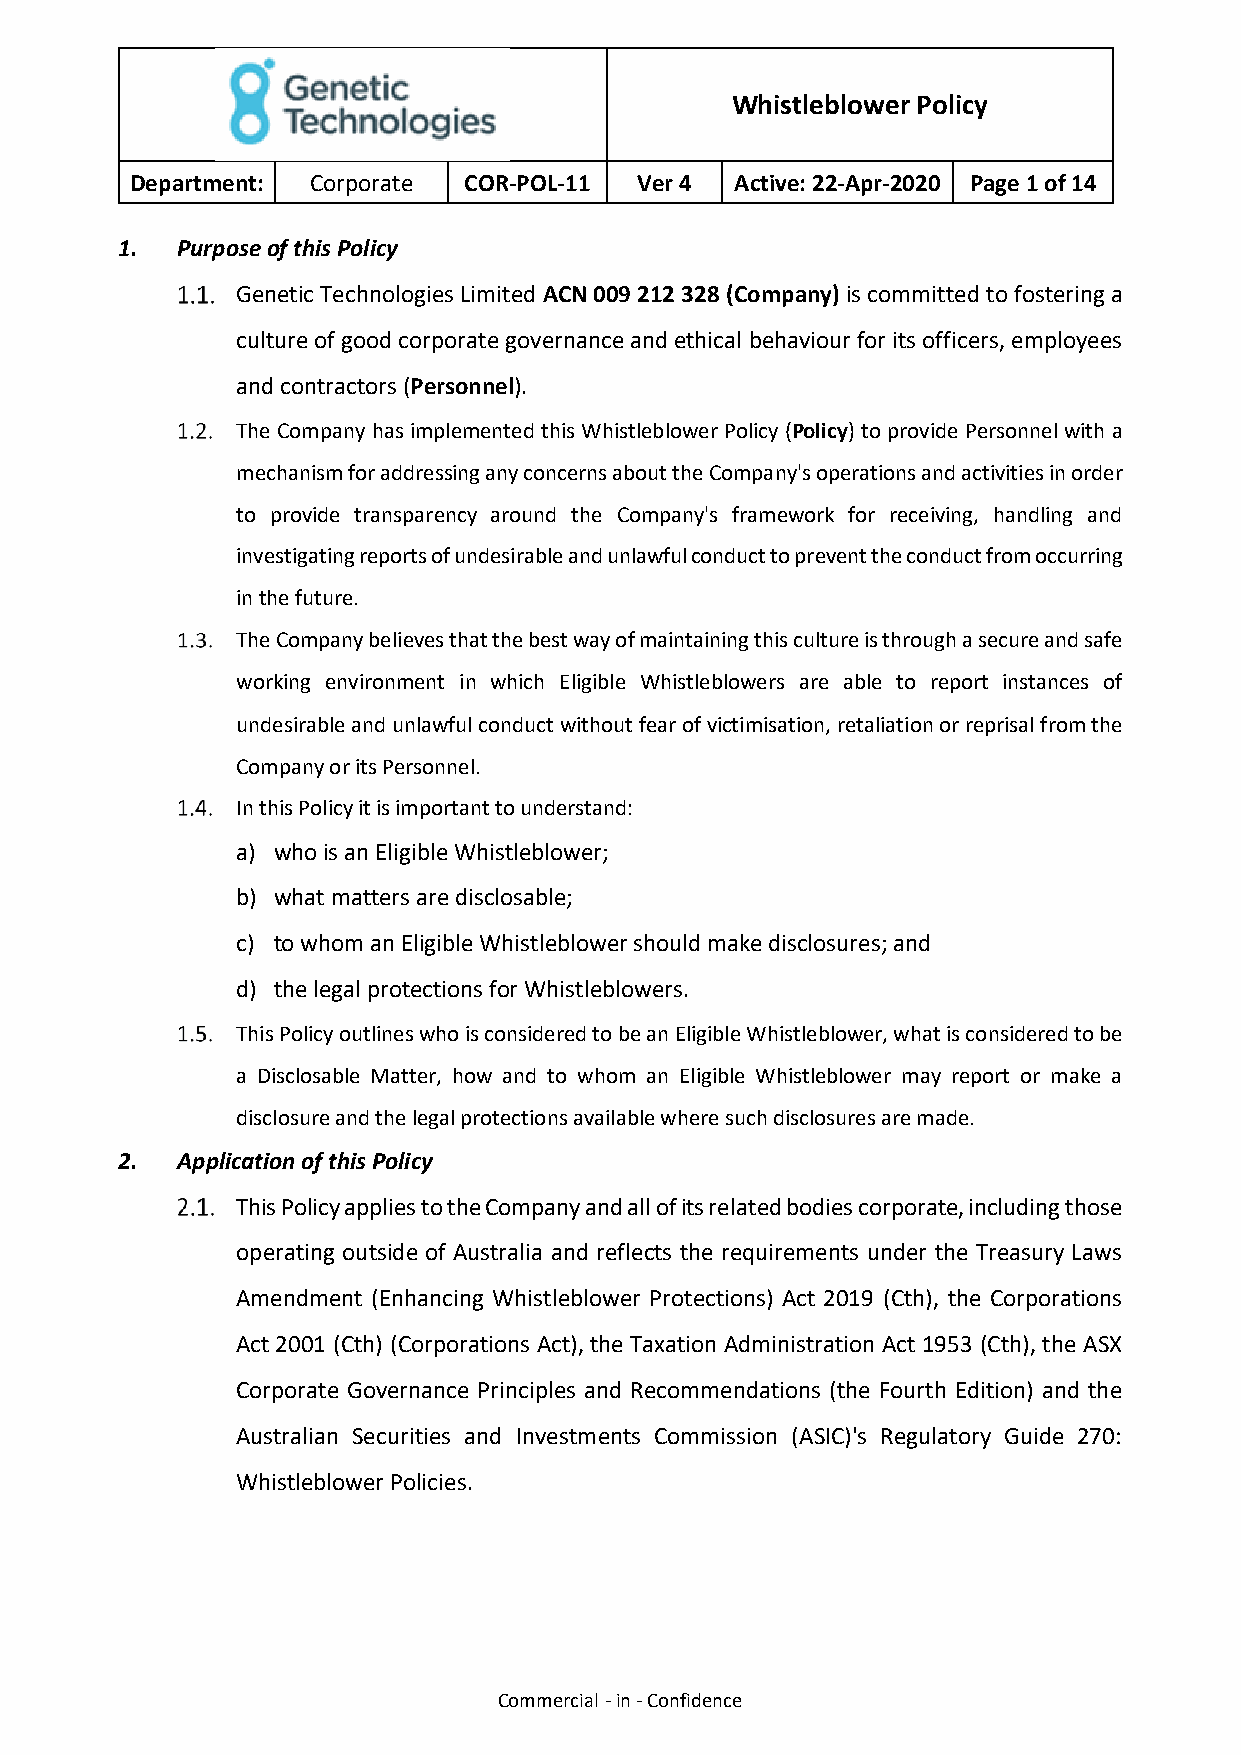
Whistleblower Policy
 Department: Corporate COR-POL-11 Ver 4  Active: 22-Apr-2020 Page 1 of 14
 1.  Purpose of this Policy
 Genetic Technologies Limited ACN 009 212 328 (Company) is committed to fostering a
 culture of good corporate governance and ethical behaviour for its officers, employees
 and contractors (Personnel).
 The Company has implemented this Whistleblower Policy (Policy) to provide Personnel with a
 mechanism for addressing any concerns about the Company's operations and activities in order
 to provide transparency around the Company's framework for receiving, handling and
 investigating reports of undesirable and unlawful conduct to prevent the conduct from occurring
 in the future.
 The Company believes that the best way of maintaining this culture is through a secure and safe
 working environment in which Eligible Whistleblowers are able to report instances of
 undesirable and unlawful conduct without fear of victimisation, retaliation or reprisal from the
 Company or its Personnel.
 In this Policy it is important to understand:
 a) who is an Eligible Whistleblower;
 b) what matters are disclosable;
 c) to whom an Eligible Whistleblower should make disclosures; and
 d) the legal protections for Whistleblowers.
 This Policy outlines who is considered to be an Eligible Whistleblower, what is considered to be
 a Disclosable Matter, how and to whom an Eligible Whistleblower may report or make a
 disclosure and the legal protections available where such disclosures are made.
 2.  Application of this Policy
 This Policy applies to the Company and all of its related bodies corporate, including those
 operating outside of Australia and reflects the requirements under the Treasury Laws
 Amendment (Enhancing Whistleblower Protections) Act 2019 (Cth), the Corporations
 Act 2001 (Cth) (Corporations Act), the Taxation Administration Act 1953 (Cth), the ASX
 Corporate Governance Principles and Recommendations (the Fourth Edition) and the
 Australian Securities and Investments Commission (ASIC)'s Regulatory Guide 270:
 Whistleblower Policies.
 Commercial - in - Confidence